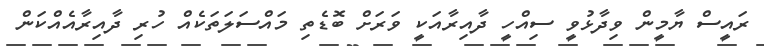
ރައީސް ޔާމީން ވިދާޅުވީ ސިއްހީ ދާއިރާއަކީ ވަރަށް ބޮޑެތި މައްސަލަތަކެއް ހުރި ދާއިރާއެއްކަން